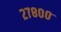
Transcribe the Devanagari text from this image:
२७८००